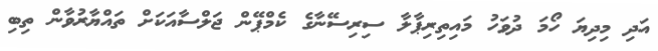
އަދި މިދިޔަ ހޯމަ ދުވަހު މައިތިރިޕާލާ ސިރިސޭނާގެ ކެމްޕޭން ޖަލްސާއަކަށް ތައްޔާރުވާން ތިބި